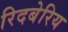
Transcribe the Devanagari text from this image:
रिदबेरिय